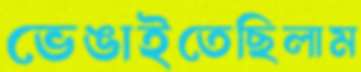
ভেঙাইতেছিলাম